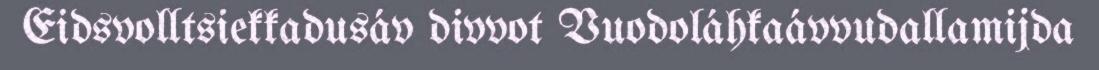
Eidsvolltsiekkadusáv divvot Vuodoláhkaávvudallamijda